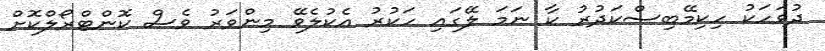
ދުވަހަކު ހިކިމޭބިސްކަދުރު ކާ ނަމަ ލޭގައި ހަކުރު އެކުލެވޭ މިންވަރު ވެސް ކޮންޓްރޯލްކޮށް